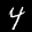
Label: 4